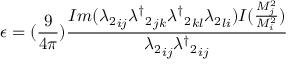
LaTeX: \epsilon = ( \frac { 9 } { 4 \pi } ) \frac { I m ( { \lambda _ { 2 } } _ { i j } { { \lambda ^ { \dagger } } _ { 2 } } _ { j k } { { \lambda ^ { \dagger } } _ { 2 } } _ { k l } { \lambda _ { 2 } } _ { l i } ) I ( \frac { M _ { j } ^ { 2 } } { M _ { i } ^ { 2 } } ) } { { \lambda _ { 2 } } _ { i j } { { \lambda ^ { \dagger } } _ { 2 } } _ { i j } }